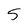
Character: 5